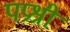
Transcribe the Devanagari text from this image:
पप्रश्री